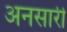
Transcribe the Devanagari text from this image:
अनसारी